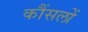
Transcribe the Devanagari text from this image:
कौंसलों